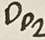
Text: Dp2